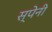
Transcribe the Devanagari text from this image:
स्‍पेनी